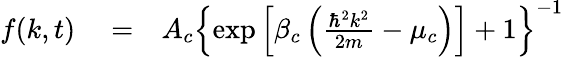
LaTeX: \begin{array}{rlr}{f(k,t)}&{{}=}&{A_{c}\left\{ \exp\left[\beta_{c}\left(\frac{\hbar^{2}k^{2}}{2m}-\mu_{c}\right)\right]+1\right\} ^{-1}}\end{array}